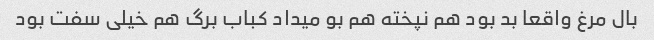
بال مرغ واقعا بد بود هم نپخته هم بو میداد کباب برگ هم خیلی سفت بود